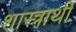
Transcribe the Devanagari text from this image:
शास्त्रार्थी